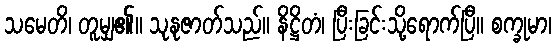
သမေတိ၊ တူမျှ၏။ သုနုဇာတ်သည်။ နိဋ္ဌိတံ၊ ပြီးခြင်းသို့ရောက်ပြီ။ စက္ခုမာ၊